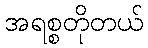
အရစ္စတိုတယ်